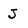
Character: J